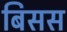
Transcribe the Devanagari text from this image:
बिसस